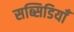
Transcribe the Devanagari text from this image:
सब्सिडियाँ